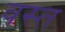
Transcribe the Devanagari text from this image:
वस्त